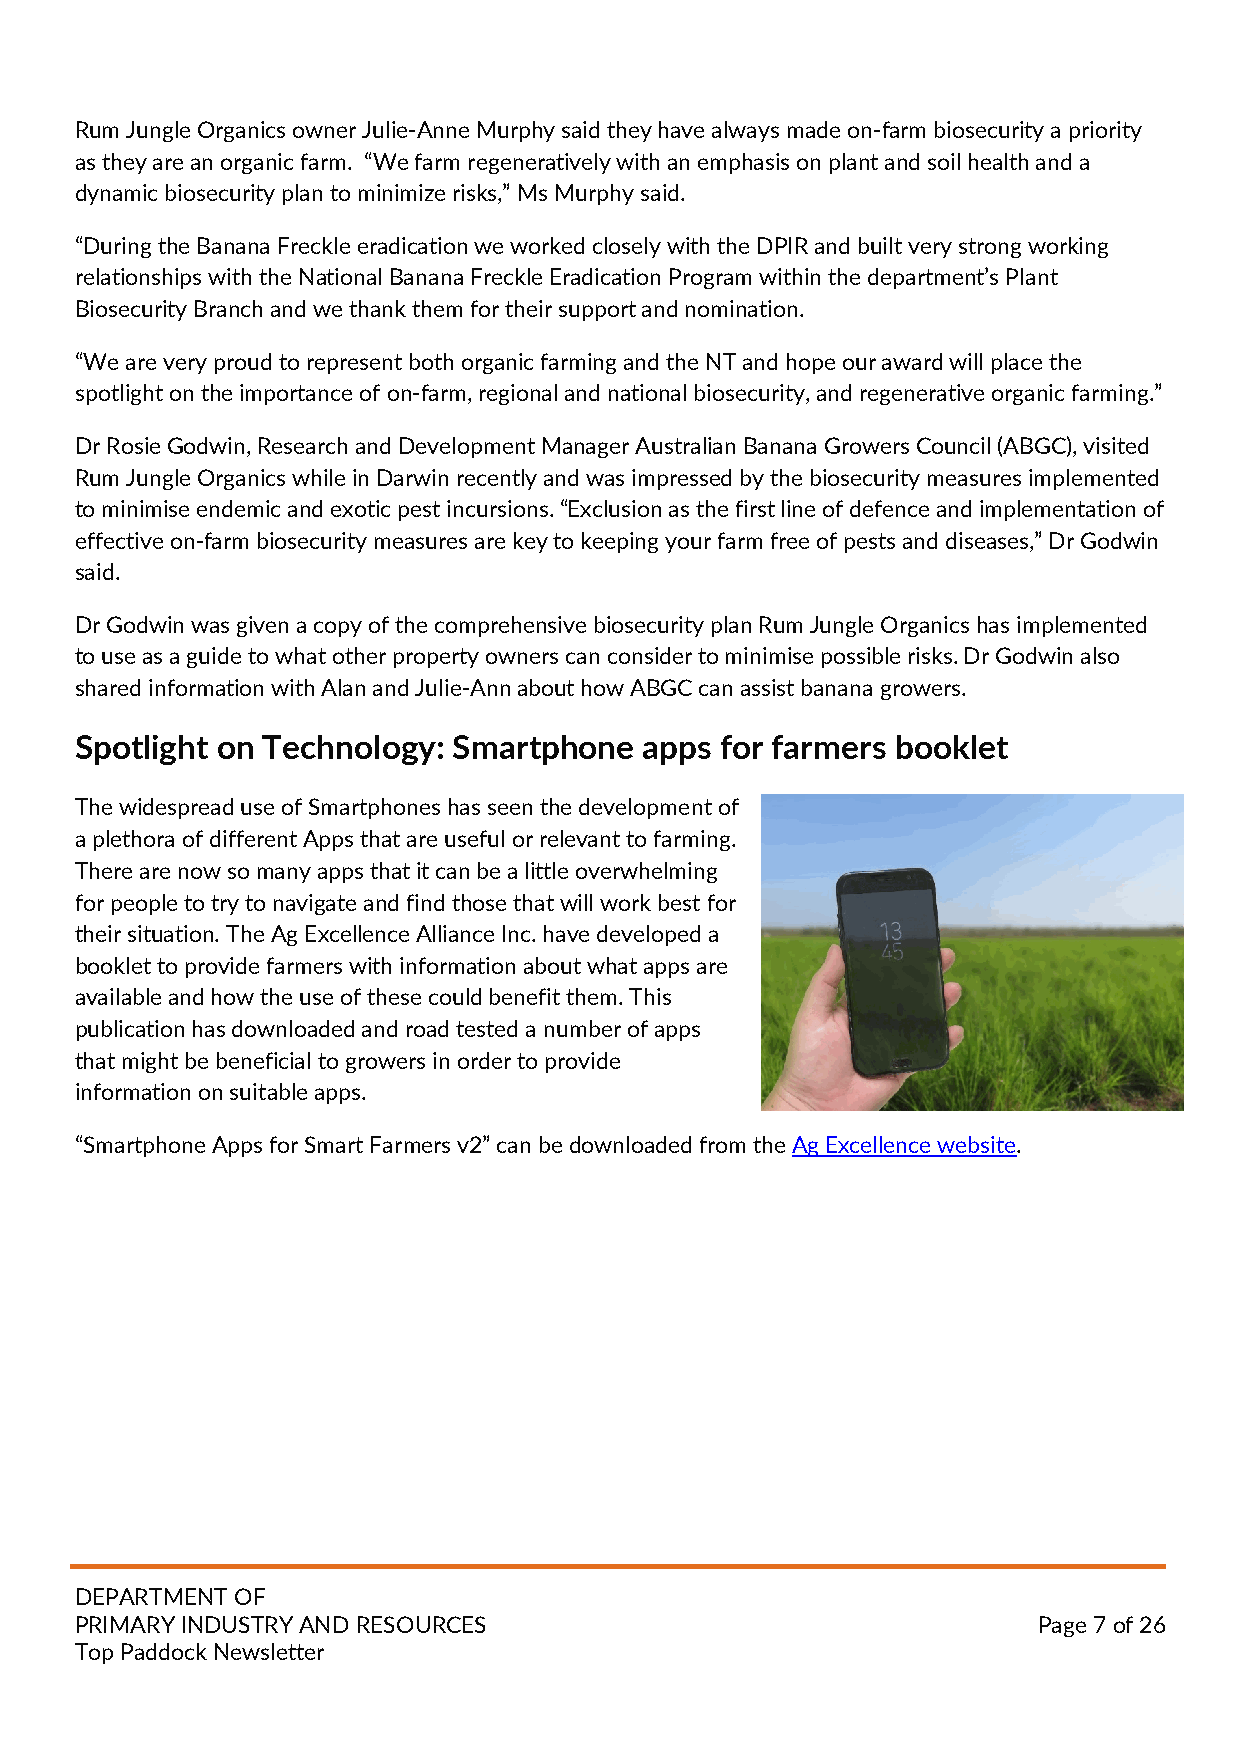
Rum Jungle Organics owner Julie-Anne Murphy said they have always made on-farm biosecurity a priority
 as they are an organic farm. “We farm regeneratively with an emphasis on plant and soil health and a
 dynamic biosecurity plan to minimize risks,” Ms Murphy said.
 “During the Banana Freckle eradication we worked closely with the DPIR and built very strong working
 relationships with the National Banana Freckle Eradication Program within the department’s Plant
 Biosecurity Branch and we thank them for their support and nomination.
 “We are very proud to represent both organic farming and the NT and hope our award will place the
 spotlight on the importance of on-farm, regional and national biosecurity, and regenerative organic farming.”
 Dr Rosie Godwin, Research and Development Manager Australian Banana Growers Council (ABGC), visited
 Rum Jungle Organics while in Darwin recently and was impressed by the biosecurity measures implemented
 to minimise endemic and exotic pest incursions. “Exclusion as the first line of defence and implementation of
 effective on-farm biosecurity measures are key to keeping your farm free of pests and diseases,” Dr Godwin
 said.
 Dr Godwin was given a copy of the comprehensive biosecurity plan Rum Jungle Organics has implemented
 to use as a guide to what other property owners can consider to minimise possible risks. Dr Godwin also
 shared information with Alan and Julie-Ann about how ABGC can assist banana growers.
 Spotlight on Technology: Smartphone   apps for farmers booklet
 The widespread use of Smartphones has seen the development of
 a plethora of different Apps that are useful or relevant to farming.
 There are now so many apps that it can be a little overwhelming
 for people to try to navigate and find those that will work best for
 their situation. The Ag Excellence Alliance Inc. have developed a
 booklet to provide farmers with information about what apps are
 available and how the use of these could benefit them. This
 publication has downloaded and road tested a number of apps
 that might be beneficial to growers in order to provide
 information on suitable apps.
 “Smartphone Apps for Smart Farmers v2” can be downloaded from the Ag Excellence website.
 DEPARTMENT OF
 PRIMARY INDUSTRY AND RESOURCES                                  Page 7 of 26
 Top Paddock Newsletter